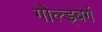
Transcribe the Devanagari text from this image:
गोल्ड्बर्ग